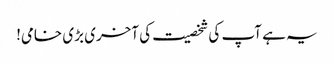
یہ ہے آپ کی شخصیت کی آخری بڑی خامی!